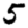
Digit: 5